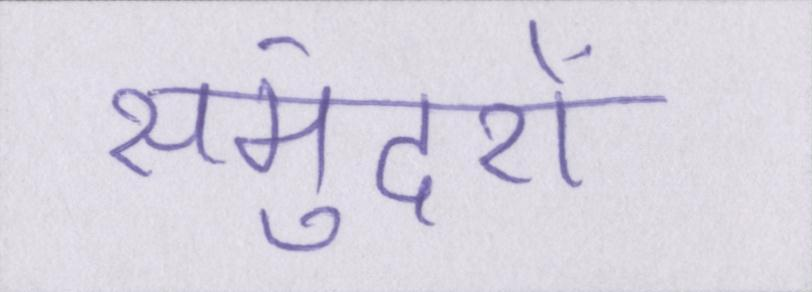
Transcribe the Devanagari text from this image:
समुंदरों